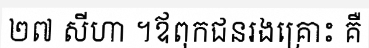
២៧ សីហា ។ឪពុកជនរងគ្រោះ គឺ